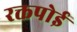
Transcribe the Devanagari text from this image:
रक्तपोई